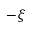
- \xi